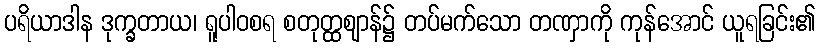
ပရိယာဒါန ဒုက္ခတာယ၊ ရူပါဝစရ စတုတ္ထဈာန်၌ တပ်မက်သော တဏှာကို ကုန်အောင် ယူရခြင်း၏